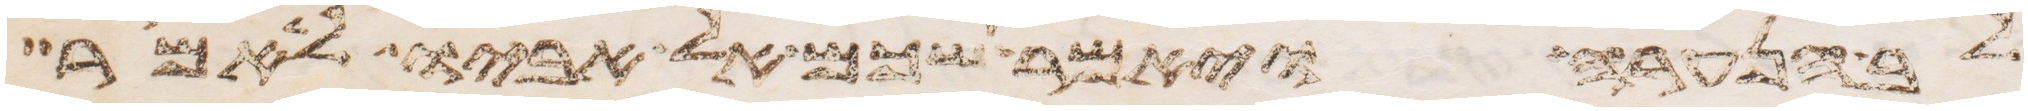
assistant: לב הנערה ויאמר שכם אל אביו לאמר